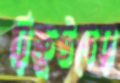
রিক্রুটদের